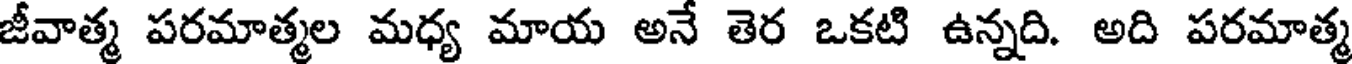
జీవాత్మ పరమాత్మల మధ్య మాయ అనే తెర ఒకటి ఉన్నది. అది పరమాత్మ